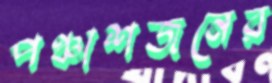
পঞ্চাশজনের